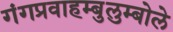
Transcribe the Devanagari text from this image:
गंगप्रवाहम्बुलुम्बोले